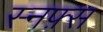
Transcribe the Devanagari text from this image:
स्नफ़्स